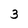
Character: 3